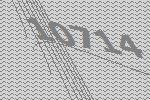
10714